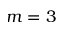
m = 3